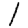
Digit: 1